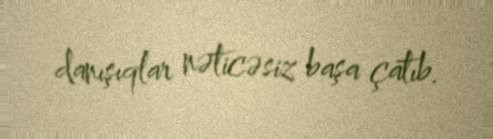
danışıqlar nəticəsiz başa çatıb.